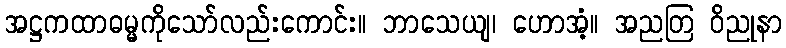
အဋ္ဌကထာဓမ္မကိုသော်လည်းကောင်း။ ဘာသေယျ၊ ဟောအံ့။ အညတြ ဝိညုနာ